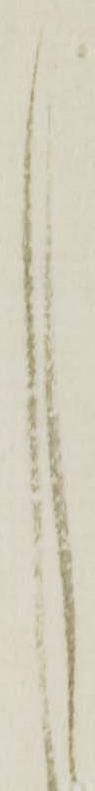
し